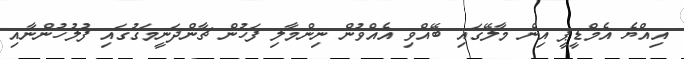
އިއްޔެ އެމްޑީޕީ އިން މާލޭގައި ބޭއްވި އެއްވުން ނިންމާލި ފަހުން ޗާންދަނީމަގުގައި ފުލުހުންނާއި